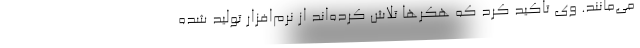
می‌مانند. وی تاکید کرد که هکرها تلاش کرده‌اند از نرم‌افزار تولید شده